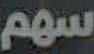
سهم